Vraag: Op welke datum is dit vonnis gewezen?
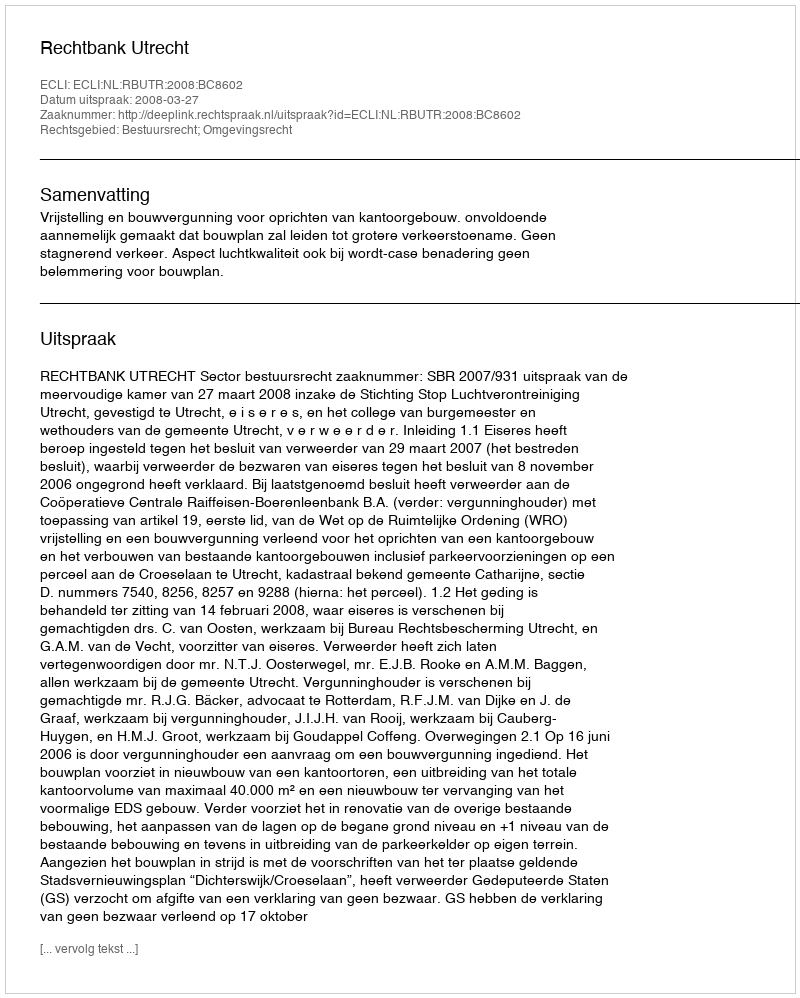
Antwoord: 2008-03-27